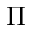
\Pi